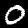
Digit: 0